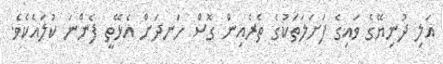
އަލި ދުނިޔޭގެ ވައިގެ ފަށަލަތަކުގެ ތެރެއިން ގޮސް ހަނދަށް އެޅޭތީ ފެންނަ ކުލައެކެވެ.